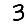
Digit: 3